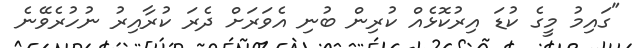
"ގައިމު މީގެ ކުޑަ އިރުކޮޅެއް ކުރިން ބުނި އެވަރަށް ދެރަ ކުރާއިރު ނުހުރެވޭނެ